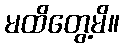
မထိတွေ့မိ။